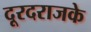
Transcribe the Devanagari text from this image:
दूरदराजके